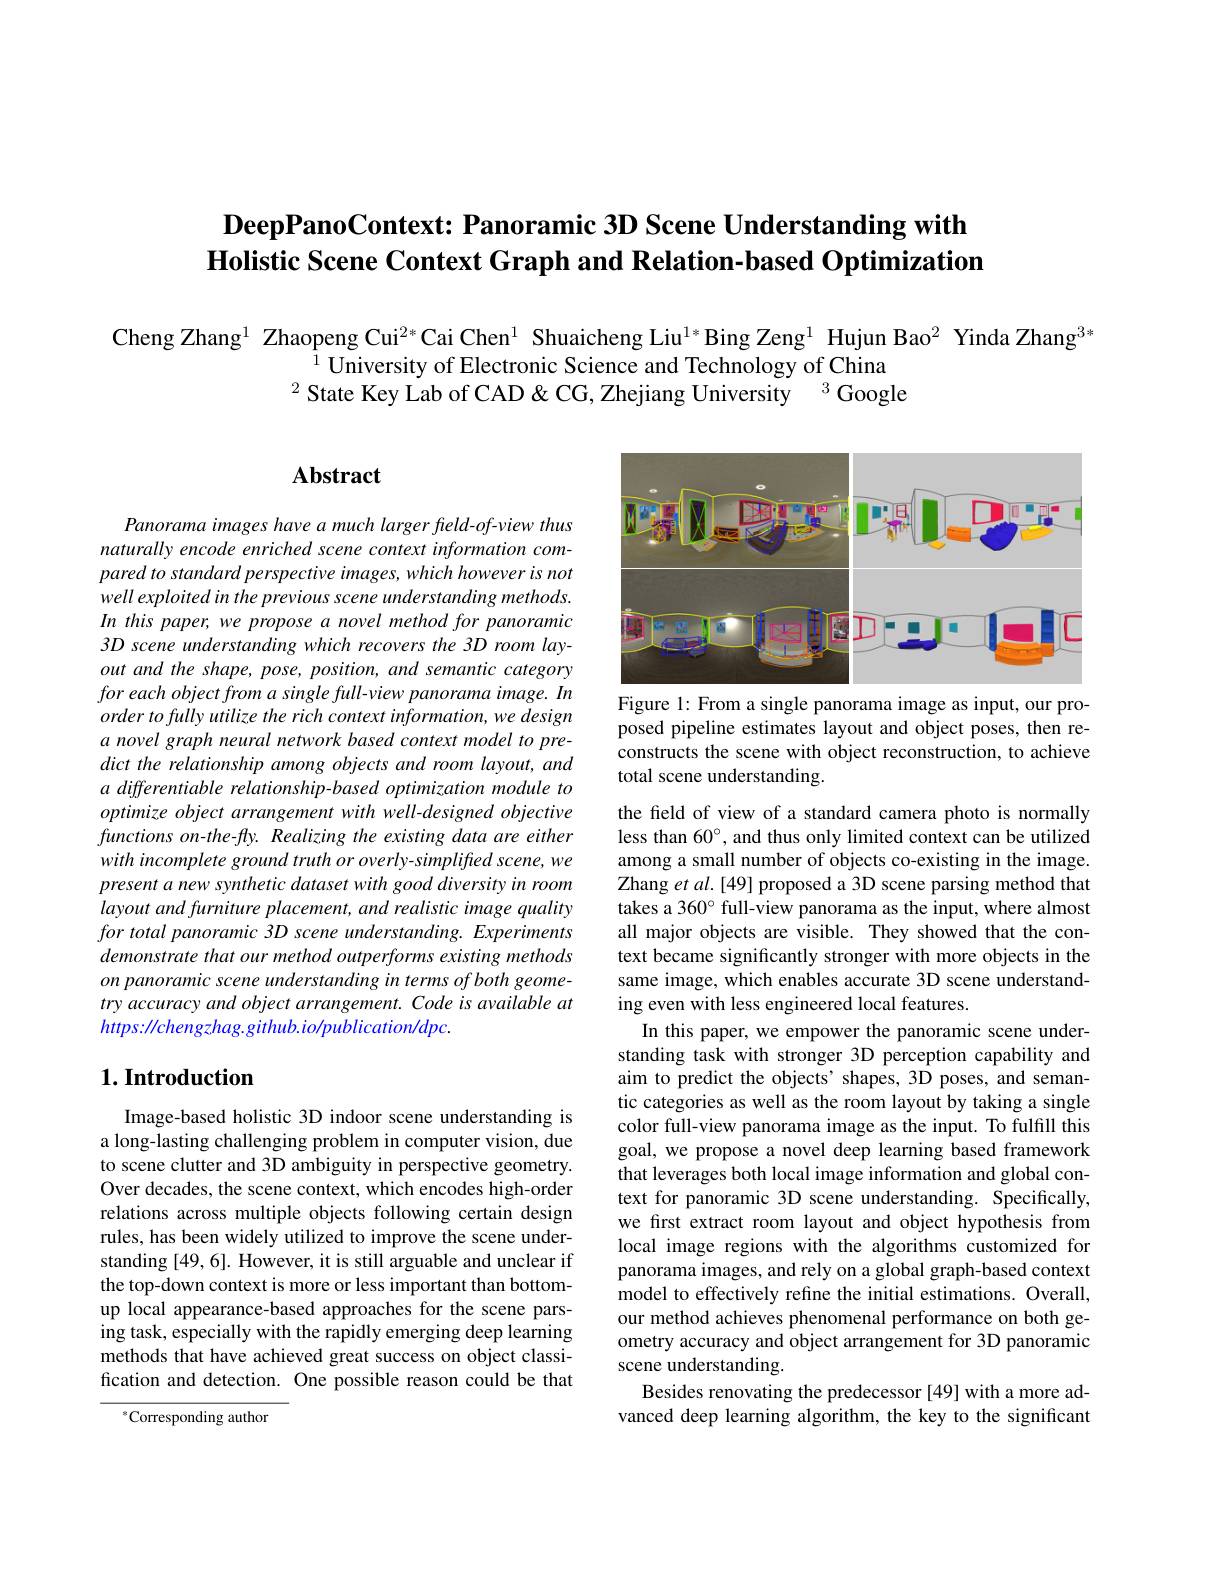
# $\textbf{DeepPanoContext: Panoramic 3D Scene Understanding with}$ Holistic Scene Context Graph and Relation-based Optimization

Cheng Zhang$^{1}$ Zhaopeng Cui$^{2*}$Cai Chen$^{1}$ Shuaicheng Liu$^{1*}$Bing Zeng$^{1}$ Hujun Bao$^{2}$ Yinda Zhang$^{3*}$
$^{\hat{1}}$ University of Electronic Science and Technology of China $^{2}$ State Key Lab of CAD & CG, Zhejiang University $^{3}$ Google

# Abstract

<FigureHere>
Figure 1: From a single panorama image as input, our pro-

posed pipeline estimates layout and object poses, then reconstructs the scene with object reconstruction, to achieve total scene understanding.

Panorama images have a much larger feld-of-view thus naturally encode enriched scene context information compared to standard perspective images, which however is not well exploited in the previous scene understanding methods. In this paper, we propose a novel method for panoramic 3D scene understanding which recovers the 3D room layout and the shape, pose, position, and semantic category for each object from a single full-view panorama image. In $ordertofullyutilizetherichcontextinformation,wedesign$ a novel graph neural network based context model to predict the relationship among objects and room layout, and a differentiable relationship-based optimization module to optimize object arrangement with well-designed objective functions on-the-fly. Realizing the existing data are either with incomplete ground truth or overly-simplifted scene, we present a new synthetic dataset with good diversity in room layout and furniture placement, and realistic image quality for total panoramic 3D scene understanding. Experiments demonstrate that our method outperforms existing methods on panoramic scene understanding in terms of both geometry accuracy and object arrangement. Code is available at $https://chengzhag.github.io/publication/dpc.$

# $1. \textbf{Introduction}$

the feld of view of a standard camera photo is normally less than 60°, and thus only limited context can be utilized among a small number of objects co-existing in the image. Zhang et $al.[49]$ proposed a 3D scene parsing method that takes a 360° full-view panorama as the input, where almost all major objects are visible. They showed that the context became significantly stronger with more objects in the same image, which enables accurate 3D scene understanding even with less engineered local features.
In this paper, we empower the panoramic scene understanding task with stronger 3D perception capability and aim to predict the objects' shapes, 3D poses, and semantic categories as well as the room layout by taking a single color full-view panorama image as the input. To fulfill this goal, we propose a novel deep learning based framework that leverages both local image information and global context for panoramic 3D scene understanding. Specifically, we first extract room layout and object hypothesis from local image regions with the algorithms customized for panorama images, and rely on a global graph-based context model to effectively refine the initial estimations. Overall, our method achieves phenomenal performance on both geometry accuracy and object arrangement for 3D panoramic scene understanding.
Besides renovating the predecessor [49] with a more advanced deep learning algorithm, the key to the significant

Image-based holistic 3D indoor scene understanding is a long-lasting challenging problem in computer vision, due to scene clutter and 3D ambiguity in perspective geometry. Over decades, the scene context, which encodes high-order relations across multiple objects following certain design rules, has been widely utilized to improve the scene understanding [49,6]. However, it is still arguable and unclear if the top-down context is more or less important than bottomup local appearance-based approaches for the scene parsing task, especially with the rapidly emerging deep learning methods that have achieved great success on object classification and detection. One possible reason could be that

$^{*}$Corresponding author